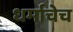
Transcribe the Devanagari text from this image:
धर्माचेच